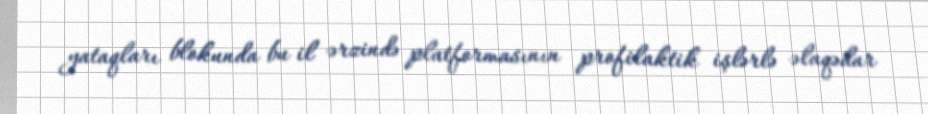
yataqları blokunda bu il ərzində platformasının profilaktik işlərlə əlaqədar